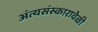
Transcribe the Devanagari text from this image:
अंत्यसंस्कारावेळी